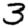
Digit: 3